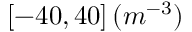
[ - 4 0 , 4 0 ] \, ( m ^ { - 3 } )